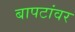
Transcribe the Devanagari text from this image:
बापटांवर